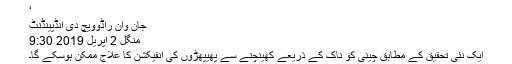
‘
جان وان راڈوویچ دی انڈپینڈنٹ
منگل 2 اپریل 2019 9:30
ایک نئی تحقیق کے مطابق چینی کو ناک کے ذریعے کھینچنے سے پھیپھڑوں کی انفیکشن کا علاج ممکن ہوسکے گا۔